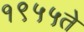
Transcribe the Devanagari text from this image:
१९५५ते